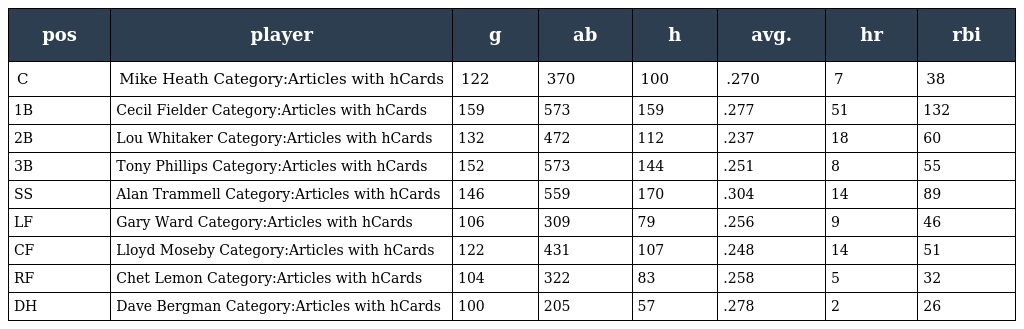
| pos | player | g | ab | h | avg. | hr | rbi |
 | --- | --- | --- | --- | --- | --- | --- | --- |
 | C | Mike Heath Category:Articles with hCards | 122 | 370 | 100 | .270 | 7 | 38 |
 | 1B | Cecil Fielder Category:Articles with hCards | 159 | 573 | 159 | .277 | 51 | 132 |
 | 2B | Lou Whitaker Category:Articles with hCards | 132 | 472 | 112 | .237 | 18 | 60 |
 | 3B | Tony Phillips Category:Articles with hCards | 152 | 573 | 144 | .251 | 8 | 55 |
 | SS | Alan Trammell Category:Articles with hCards | 146 | 559 | 170 | .304 | 14 | 89 |
 | LF | Gary Ward Category:Articles with hCards | 106 | 309 | 79 | .256 | 9 | 46 |
 | CF | Lloyd Moseby Category:Articles with hCards | 122 | 431 | 107 | .248 | 14 | 51 |
 | RF | Chet Lemon Category:Articles with hCards | 104 | 322 | 83 | .258 | 5 | 32 |
 | DH | Dave Bergman Category:Articles with hCards | 100 | 205 | 57 | .278 | 2 | 26 |